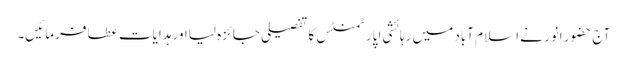
آج حضورِ انور نے اسلام آباد میں رہائشی اپارٹمنٹس کا تفصیلی جائزہ لیااور ہدایات عطا فرمائیں۔